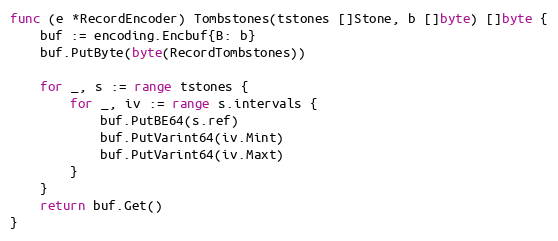
Language: Go
func (e *RecordEncoder) Tombstones(tstones []Stone, b []byte) []byte {
	buf := encoding.Encbuf{B: b}
	buf.PutByte(byte(RecordTombstones))

	for _, s := range tstones {
		for _, iv := range s.intervals {
			buf.PutBE64(s.ref)
			buf.PutVarint64(iv.Mint)
			buf.PutVarint64(iv.Maxt)
		}
	}
	return buf.Get()
}